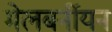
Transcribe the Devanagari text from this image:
मेलबर्नीयन